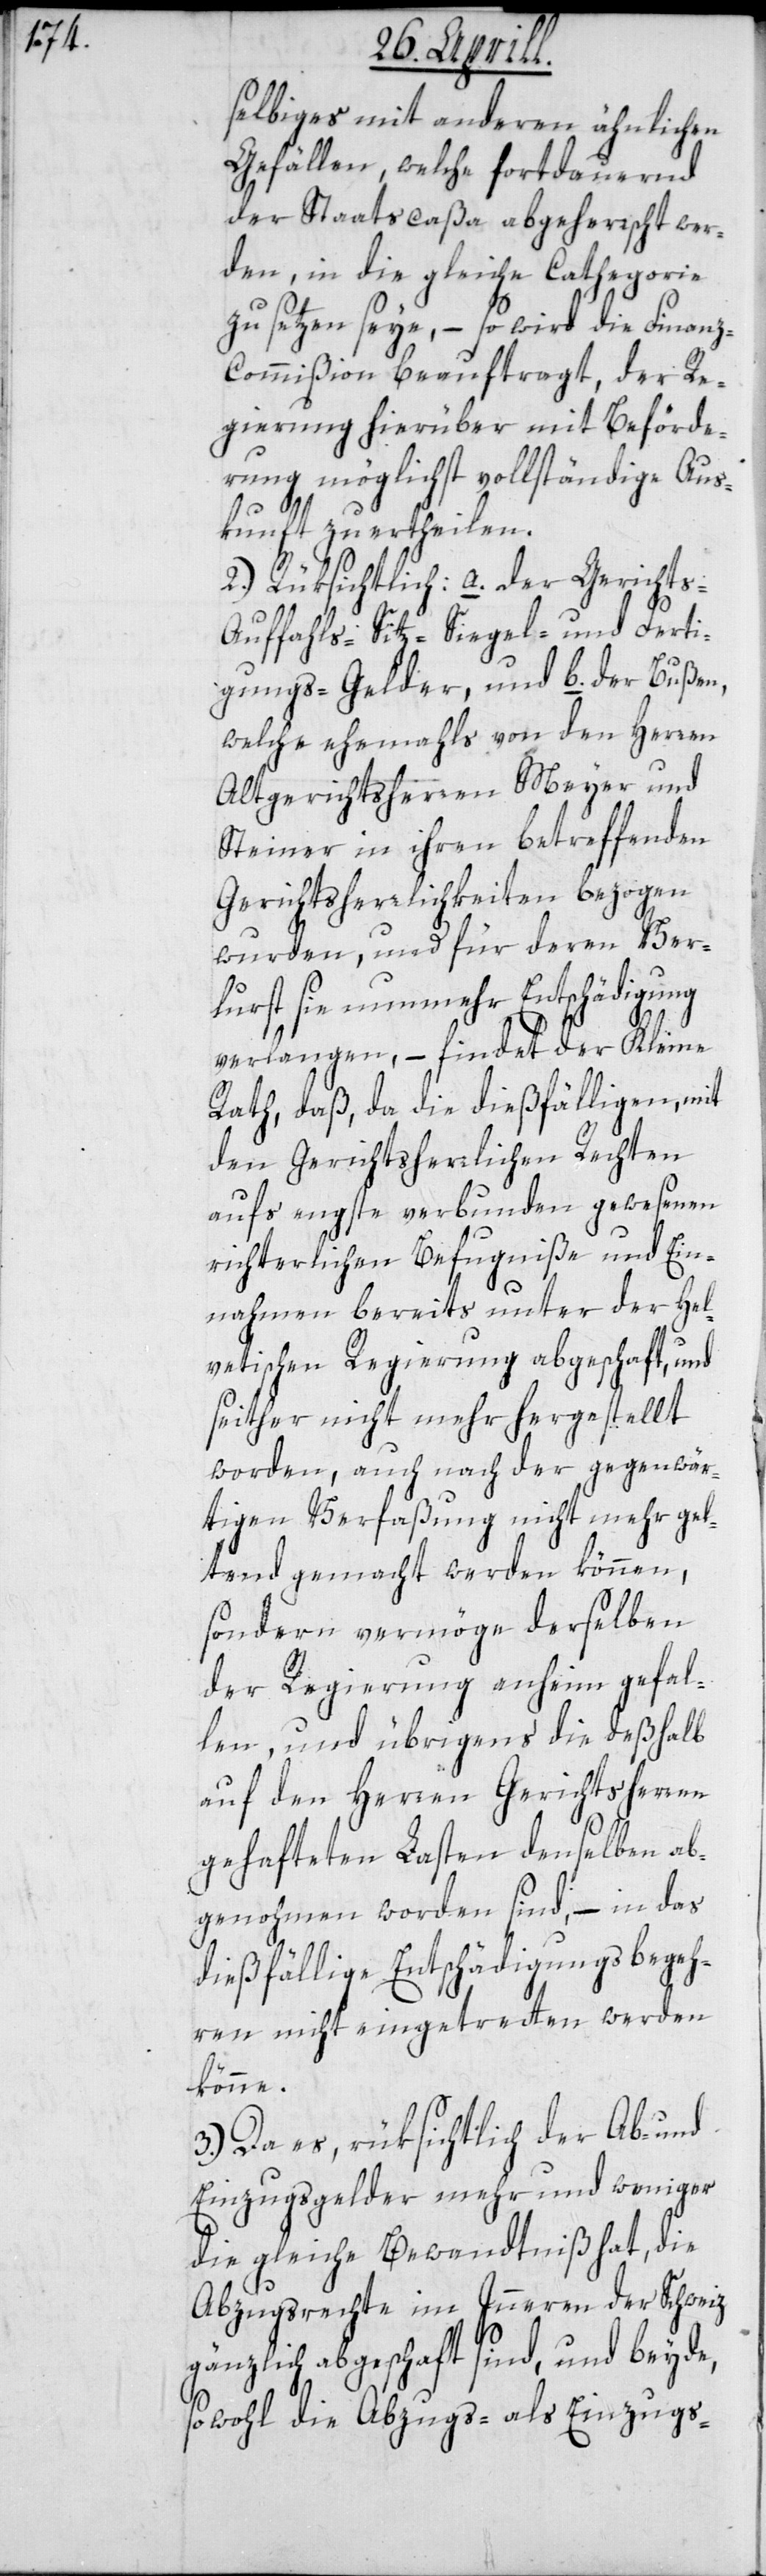
selbiges mit anderen ähnlichen
Gefällen, welche fortdauernd
der Staatscaßa abgeherrscht wer¬
den, in die gleiche Cathegorie
zu setzen seye, – so wird die Finan¬
z-Commißion beauftragt, der Re¬
gierung hierüber mit Beförde¬
rung möglichst vollständige Aus¬
kunft zu ertheilen.
2.) Rüksichtlich: a. der Gerichts-,
Auffahls-, Sitz-, Siegel- und Ferti¬
gungs-Gelder, und b. der Bußen,
welche ehemals von den Herren
Altgerichtsherren Meyer und
Steiner in ihren betreffenden
Gerichtsherrlichkeiten bezogen
wurden, und für deren Ver¬
lurst sie nunmehr Entschädigung
verlangen, – findet der Kleine
Rath, daß da die dießfälligen, mit
den Gerichtsherrlichen Rechten
aufs engste verbunden gewesenen
richterlichen Befugniße und Ein¬
nahmen bereits unter der hel¬
vetischen Regierung abgeschaft, und
seither nicht mehr hergestellt
worden, auch nach der gegenwär¬
tigen Verfaßung nicht mehr gel¬
tend gemacht werden können,
sondern vermöge derselben
der Regierung anheim gefal¬
len, und übrigens die deßhalb
auf den Herren Gerichtsherren
gehafteten Lasten denselben ab¬
genohmen worden sind, – in das
dießfällige Entschädigungsbegeh¬
ren nicht eingetretten werden
könne.
3.) Da es, rüksichtlich der Ab- und
Einzugsgelder mehr und weniger
die gleiche Bewandtniß hat, die
Abzugsrechte im Innern der Schweiz
gänzlich abgeschaft sind, und beyde,
sowohl die Abzugs- als Einzugs-